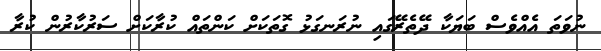
ނުވަތަ އެއްވެސް ބަޔަކާ ދޭތެރޭގައި ނުރަނގަޅު ގޮތަކަށް ކަންތައް ކުރާކަށް ސަރުކާރުން ކުރާ